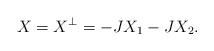
LaTeX: \begin{align*}X=X^{\perp}=-JX_1-JX_2.\end{align*}